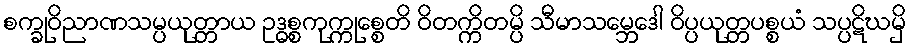
စက္ခုဝိညာဏသမ္ပယုတ္တာယ ဥဒ္ဓစ္စကုက္ကုစ္စေတိ ဝိတက္ကိတမ္ပိ သီမာသမ္ဘေဒေါ ဝိပ္ပယုတ္တပစ္စယံ သပ္ပဋိဃမှိ